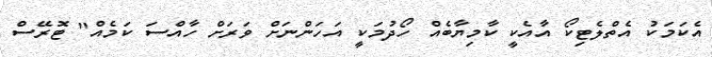
އެކަމަކު އެތްލެޓިކޯ އާއެކީ ކާމިޔާބެއް ހޯދުމަކީ އަހަންނަށް ވަރަށް ހާއްސަ ކަމެއް" ޓޮރޭސް